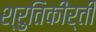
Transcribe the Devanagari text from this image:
श्रुतिकीर्ती